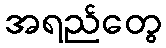
အရည်တွေ